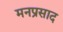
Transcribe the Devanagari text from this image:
मनप्रसाद